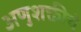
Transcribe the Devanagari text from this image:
अणुशक्तीचे